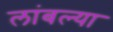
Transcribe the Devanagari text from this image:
लांबल्या